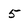
Character: 5